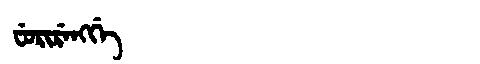
Manchu: ᠸᡠᡵᡳᡵᡝᠩᡤᡝ
Romanization: FURIRENGGE